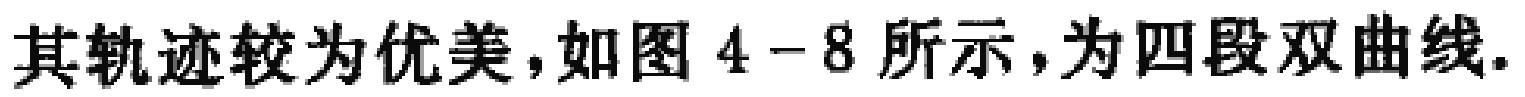
其轨迹较为优美，如图4 - 8所示，为四段双曲线.